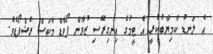
އެ ލަނޑު ކާމިޔާބުކުރީ އެ ޓީމުގެ އިނގިރޭސި ޒުވާން ފޯވާޑް މާކަސް ރެޝްފޯޑެވެ.